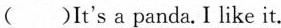
( )It's a panda.I like it.